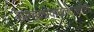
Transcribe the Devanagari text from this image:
ब्रह्मोपाप्नवानीति।